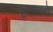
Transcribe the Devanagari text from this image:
टरबाइनो